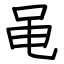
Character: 黾